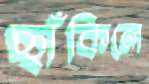
ছাঁকিলে